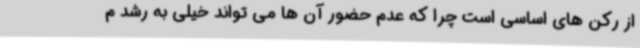
از رکن های اساسی است چرا که عدم حضور آن ها می تواند خیلی به رشد م